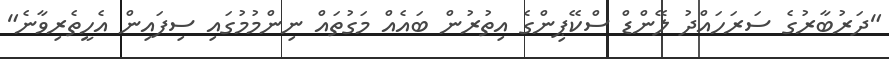
"ދަރުބާރުގެ ސަރަހައްދު ލޭންޑް ސްކޭޕިންގެ އިތުރުން ބައެއް މަގުތައް ނިންމުމުގައި ސިފައިން އެހީތެރިވާނެ"